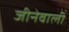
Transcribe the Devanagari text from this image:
जीनेवाली